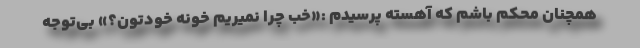
همچنان محکم باشم که آهسته پرسیدم :«خب چرا نمیریم خونه خودتون؟» بی‌توجه